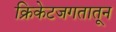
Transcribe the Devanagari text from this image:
क्रिकेटजगतातून